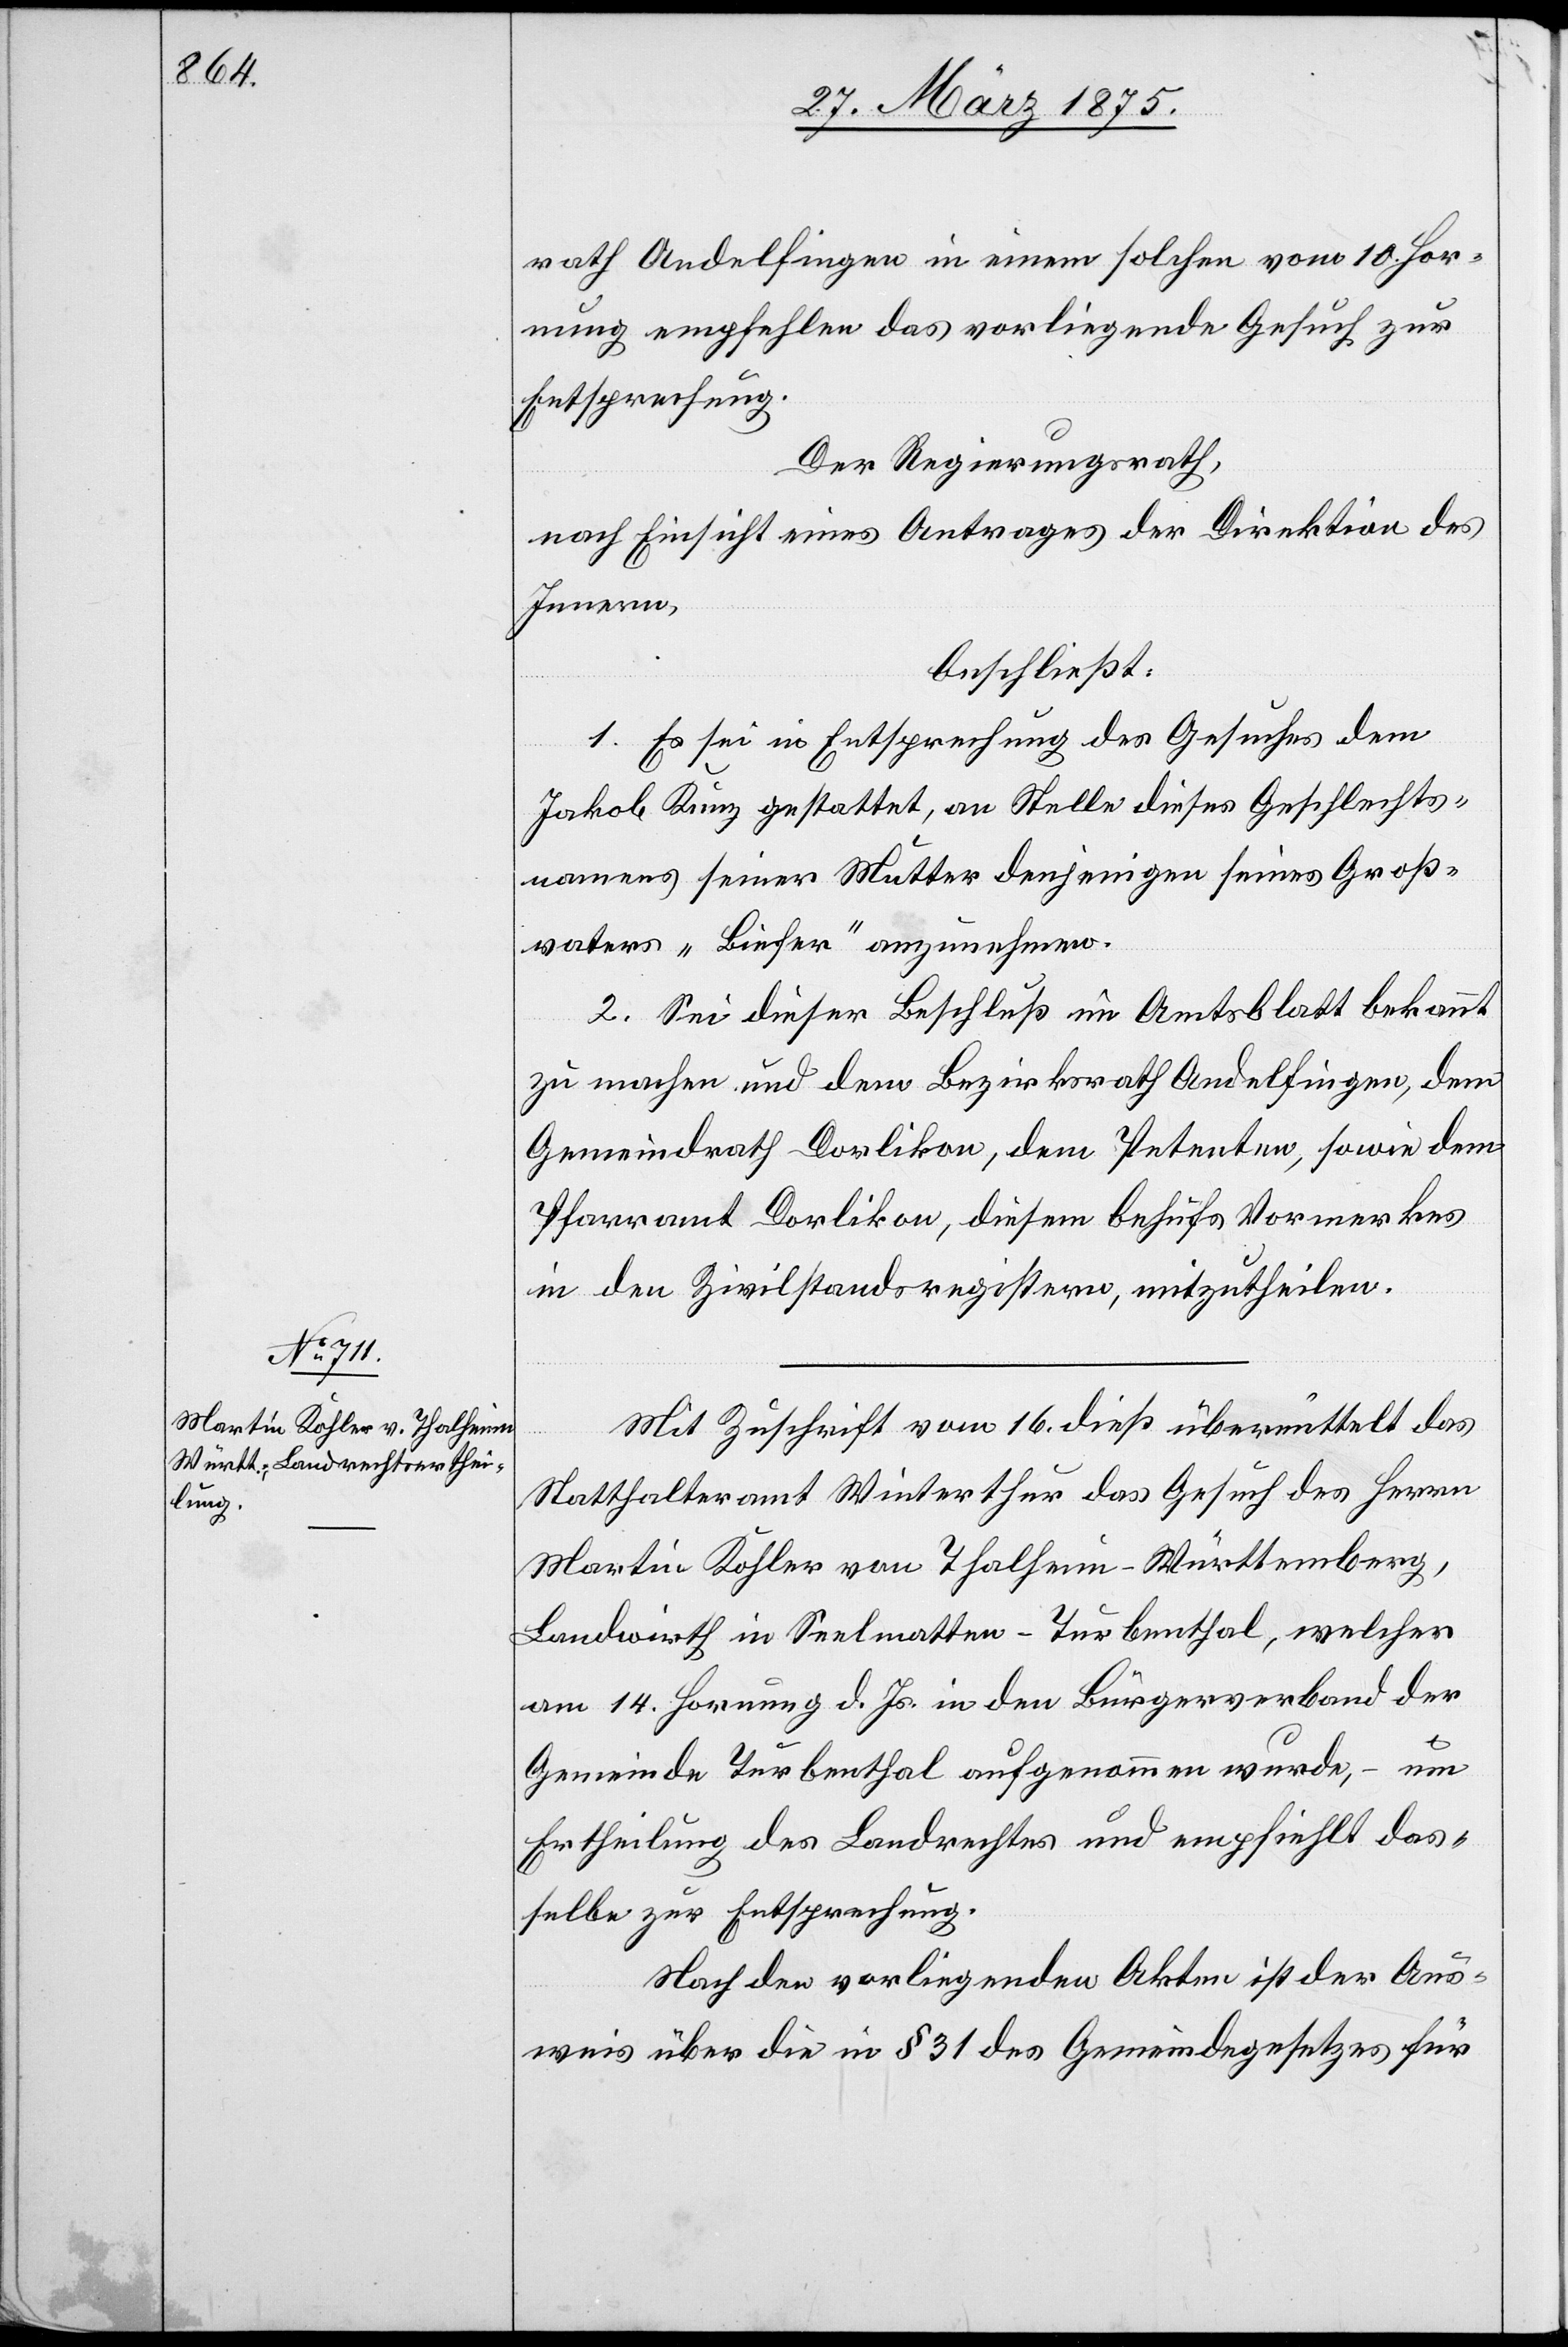
rath Andelfingen in einem solchen vom 10. Hor¬
nung empfehlen das vorliegende Gesuch zur
Entsprechung.
Der Regierungsrath,
nach Einsicht eines Antrages der Direktion des
Innern,
beschließt:
1. Es sei in Entsprechung des Gesuches dem
Jakob Kunz gestattet, an Stelle dieses Gesellschafts¬
namens seiner Mutter denjenigen seines Groß¬
vaters „Biefer“ anzunehmen.
2. Sei dieser Beschluß im Amtsblatt bekannt
zu machen und dem Bezirksrath Andelfingen, dem
Gemeindrath Dorlikon, dem Petenten, sowie dem
Pfarramt Dorlikon, diesem behufs Vormerkes
in den Zivilstandsregistern, mitzutheilen.
Mit Zuschrift vom 16. dieß. übermittelt das
Statthalteramt Winterthur das Gesuch des Herrn
Martin Kohler von Thalheim - Württemberg,
Landwirth in Saalmatten - Turbenthal, welcher
am 14. Hornung d. Js. in den Bürgerverband der
Gemeinde Turbenthal aufgenommen wurde, – um
Ertheilung des Landrechtes und empfiehlt das¬
selbe zur Entsprechung.
Nach den vorliegenden Akten ist der Aus¬
weis über die in § 31 des Gemeindegesetzes für